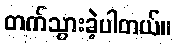
တက်သွားခဲ့ပါတယ်။